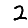
Digit: 2